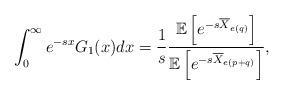
LaTeX: \begin{align*}\int_{0}^{\infty} e^{-s x}G_1(x)dx=\frac{1}{s}\frac{\mathbb E\left[e^{-s \overline{X}_{e(q)}}\right]}{\mathbb E\left[e^{-s \overline{X}_{e(p+q)}}\right]},\end{align*}